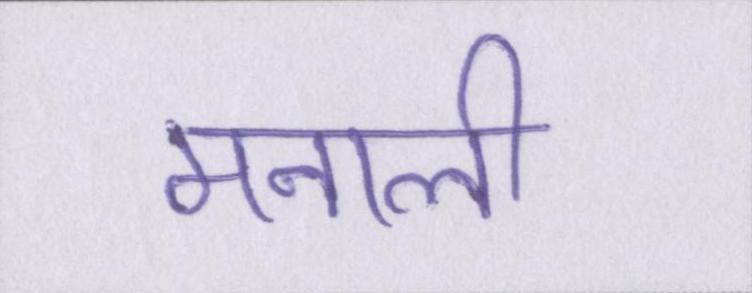
मनाली